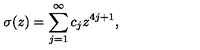
\sigma ( z ) = \sum _ { j = 1 } ^ { \infty } { c } _ { j } z ^ { 4 j + 1 } ,